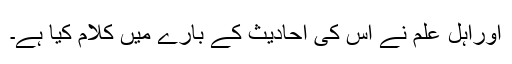
اوراہل علم نے اس کی احادیث کے بارے میں کلام کیا ہے۔